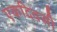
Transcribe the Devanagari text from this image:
एकदिवसी